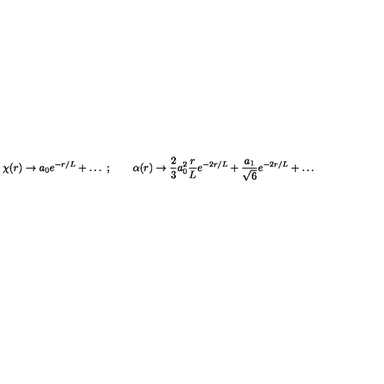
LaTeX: \chi ( r ) \to a _ { 0 } e ^ { - r / L } + \ldots \ ; \qquad \alpha ( r ) \to { \frac { 2 } { 3 } } a _ { 0 } ^ { 2 } { \frac { r } { L } } e ^ { - 2 r / L } + { \frac { a _ { 1 } } { \sqrt { 6 } } } e ^ { - 2 r / L } + \ldots